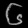
Digit: ၆